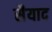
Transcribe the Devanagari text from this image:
सैयाद